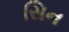
સિન